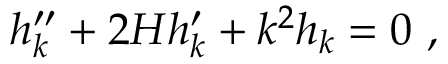
h _ { k } ^ { \prime \prime } + 2 { \cal H } h _ { k } ^ { \prime } + k ^ { 2 } h _ { k } = 0 \ ,